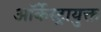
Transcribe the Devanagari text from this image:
ऑर्केस्ट्रायुक्त